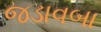
જડાવબા